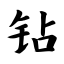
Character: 钻